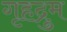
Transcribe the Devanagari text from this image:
गृहद्रुम